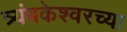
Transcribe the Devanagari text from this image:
त्र्यंबकेश्‍वरच्या